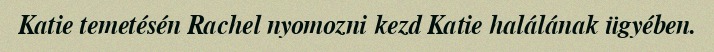
Katie temetésén Rachel nyomozni kezd Katie halálának ügyében.